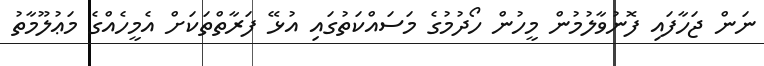
ނަން ޖަހާފައި ފޮނުވާލުމުން މީހުން ހޯދުމުގެ މަސައްކަތުގައި އުޅޭ ފަރާތްތަކަށް އެމީހެއްގެ މަޢުލޫމާތު